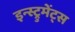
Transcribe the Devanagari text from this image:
इन्स्ट्रुमेंट्‌स